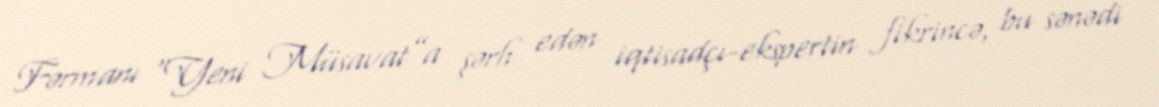
Fərmanı “Yeni Müsavat”a şərh edən iqtisadçı-ekspertin fikrincə, bu sənədi